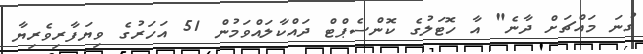
ގުނަ މައްޗަށް ދާނެ" އާ ހޮޓަލުގެ ކޮންސެޕްޓް ދައްކާލައްވަމުން 51 އަހަރުގެ ވިޔަފާރިވެރިޔާ